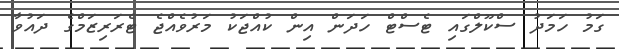
ގަމު ހަމަދު ސްކޫލްގައި ޓެސްޓް ހަދަން އިން ކުއްޖަކު މަރުވެއްޖެ ޓެރަރިޒަމްގެ ދައުވާ